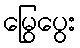
မြွေပွေး